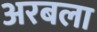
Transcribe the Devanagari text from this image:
अरबला